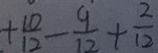
+ \frac { 1 0 } { 1 2 } - \frac { 9 } { 1 2 } + \frac { 2 } { 1 2 }